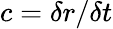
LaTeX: c=\delta r/\delta t